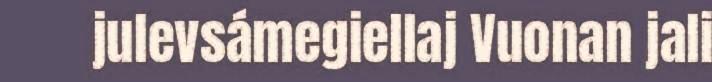
julevsámegiellaj Vuonan jali